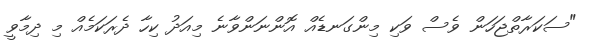
"ސަކަރާތްޖަހަން ވެސް ވަކި މިންގަނޑެއް އޮންނަންވާނެ މިއަދު ކިހާ ދެރަކަމެއް މި ދިމާވީ